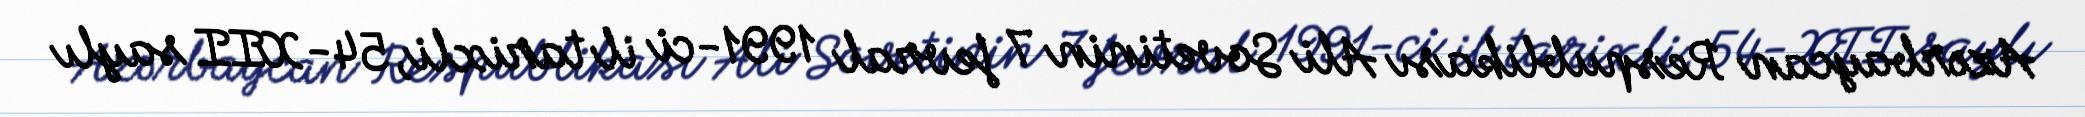
Azərbaycan Respublikası Ali Sovetinin 7 fevral 1991-ci il tarixli, 54-XII saylı